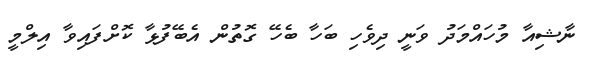
ނާޝިއާ މުހައްމަދު ވަނީ ދިވެހި ބަހާ ބެހޭ ގޮތުން އެބޭފުޅާ ކޮށްފައިވާ އިލްމީ